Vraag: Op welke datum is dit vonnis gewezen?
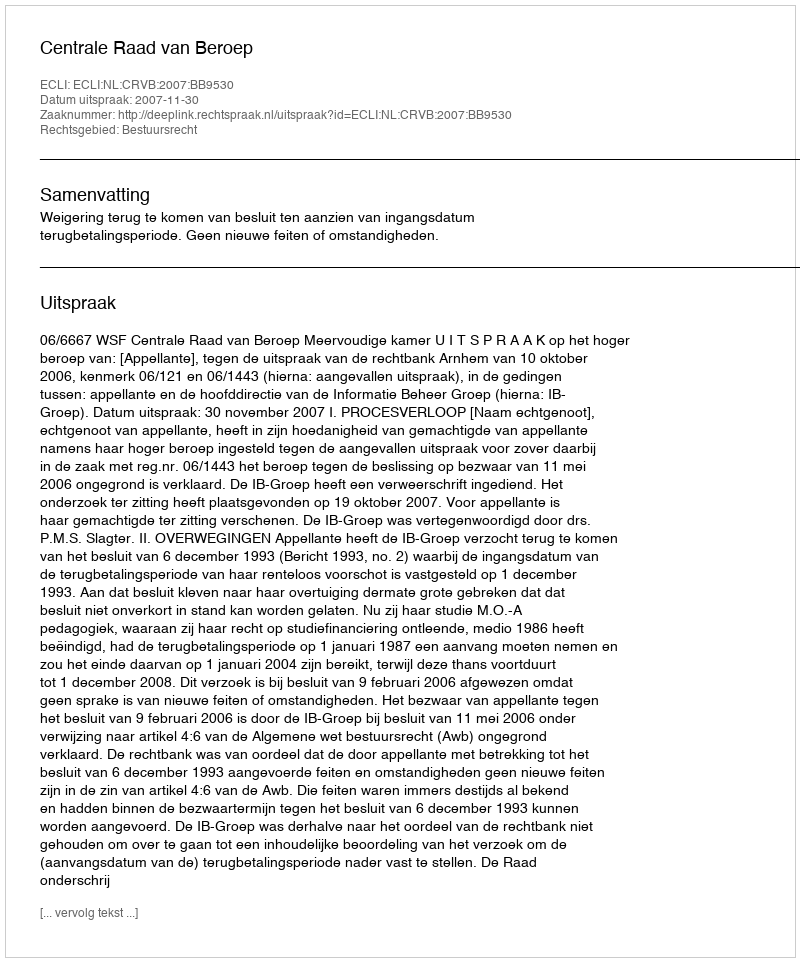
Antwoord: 2007-11-30